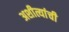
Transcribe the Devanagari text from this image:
अशीत्यांची